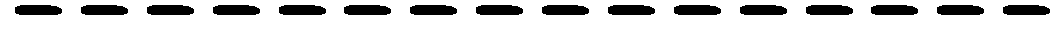
----------------